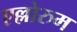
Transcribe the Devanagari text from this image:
एल्लोरुम